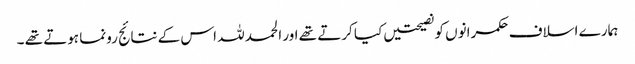
ہمارے اسلاف حکمرانوں کو نصیحتیں کیا کرتے تھے اور الحمد للہ اس کے نتائج رونما ہوتے تھے ۔